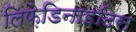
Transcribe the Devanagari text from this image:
लिंफ़ेडिनाइटिस